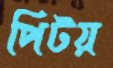
পিটয়